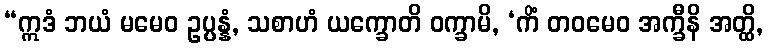
“ဣဒံ ဘယံ မမေဝ ဥပ္ပန္နံ, သစာဟံ ယက္ခောတိ ဝက္ခာမိ, ‘ကိံ တဝမေဝ အက္ခီနိ အတ္ထိ,